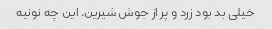
خیلی بد بود زرد و پر از جوش شیرین. این چه نونیه